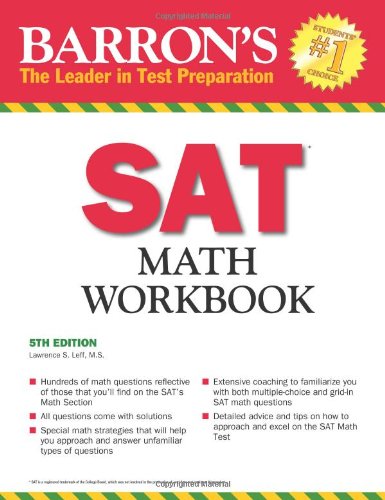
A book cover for Barron's SAT Math Workbook, 5th Edition; Lawrence Leff M.S.; Test Preparation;